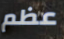
عظم